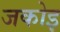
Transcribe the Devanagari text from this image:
जकोइ